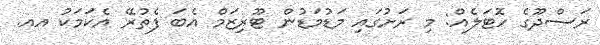
ރަސްދޫގެ ހޮޓަލެއް: މި ރަށުގައި މަޑުމަޑުން ޓޫރިޒަމް އެބަ ފެތުރޭ އެކަމަކު އއ.